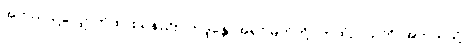
အဘယ်သို့လျှောက်ထားသနည်း။ ဘဒ္ဒန္တေ၊ အရှင်မြတ်တို့။ ကထံဉာယတိ၊ အဘယ်သို့